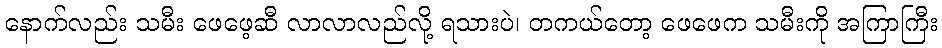
နောက်လည်း သမီး ဖေဖေ့ဆီ လာလာလည်လို့ ရသားပဲ၊ တကယ်တော့ ဖေဖေက သမီးကို အကြာကြီး